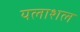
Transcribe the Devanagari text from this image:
यलाशल